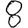
Digit: 8